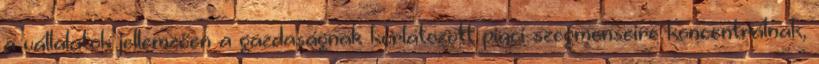
a vállalatok jellemzően a gazdaságnak korlátozott piaci szegmenseire koncentrálnak,